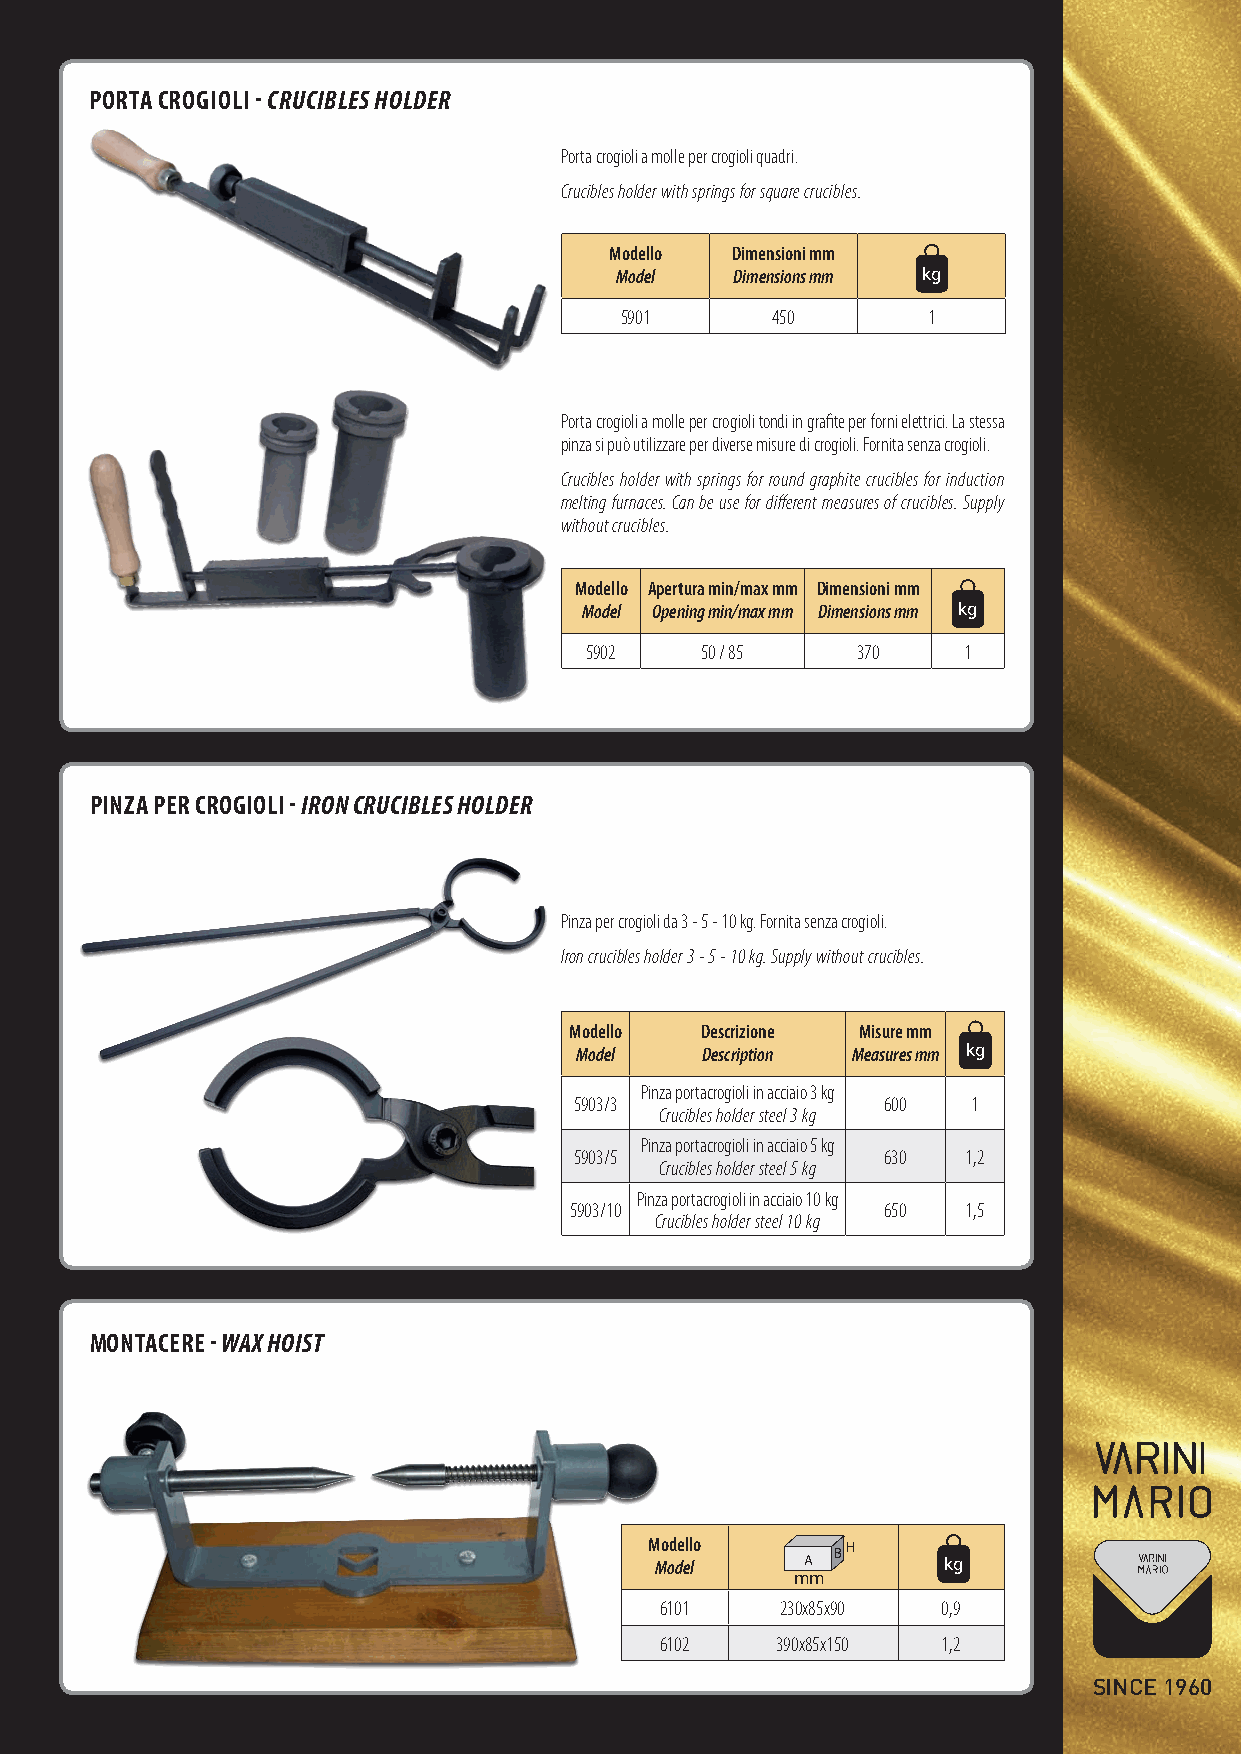
pORTA CROGIOLI - CRUCIBLES HOLDER
 Porta crogioli a molle per crogioli quadri.
 Crucibles holder with springs for square crucibles.
 Modello  Dimensioni mm BH
 Model   Dimensions mm A kg
 cm
 5901      450        1
 Porta crogioli a molle per crogioli tondi in grafite per forni elettrici. La stessa
 pinza si può utilizzare per diverse misure di crogioli. Fornita senza crogioli.
 Crucibles holder with springs for round graphite crucibles for induction
 melting furnaces. Can be use for different measures of crucibles. Supply
 without crucibles.
 Modello Apertura min/max mm Dimensioni mm BH
 Model Opening min/max mm DimensionAs mm kg
 cm
 5902    50 / 85   370    1
 pINZA pER CROGIOLI - IRON CRUCIBLES HOLDER
 Pinza per crogioli da 3 - 5 - 10 kg. Fornita senza crogioli.
 Iron crucibles holder 3 - 5 - 10 kg. Supply without crucibles.
 Modello  Descrizione Misure m BmH
 Model    Description MeasuA res mm kg
 cm
 Pinza portacrogioli in acciaio 3 kg
 5903/3               600  1
 Crucibles holder steel 3 kg
 Pinza portacrogioli in acciaio 5 kg
 5903/5               630  1,2
 Crucibles holder steel 5 kg
 Pinza portacrogioli in acciaio 10 kg
 5903/10              650  1,5
 Crucibles holder steel 10 kg
 MONTACERE - WAx HOIST
 M Mo od de ell lo
 A
 BH
 A
 kgBH
 kg
 mm  cm
 6101    230x85x90 0,9
 6102    390x85x150 1,2
 SINCE 1960
 Varini_catalogo_def2.indd 29                                           18/06/12 15:27